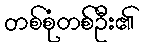
တစ်စုံတစ်ဦး၏